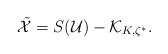
\begin{align*}\tilde{\mathcal{X}} = S(\mathcal{U}) - \mathcal{K}_{K,\zeta^*}.\end{align*}